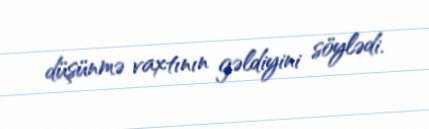
düşünmə vaxtının gəldiyini söylədi.